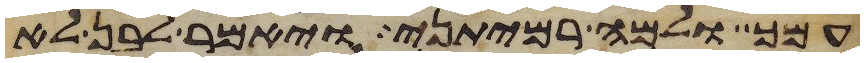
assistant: עמך ולמה רמיתני ויאמר לבן לא